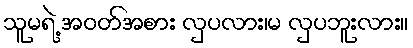
သူမရဲ့ အဝတ်အစား လှပလား၊မ လှပဘူးလား။